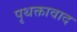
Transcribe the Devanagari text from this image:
पृथक्तावाद